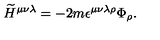
{ \widetilde H } ^ { \mu \nu \lambda } = - 2 m \epsilon ^ { \mu \nu \lambda \rho } \Phi _ { \rho } .